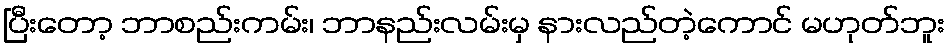
ပြီးတော့ ဘာစည်းကမ်း၊ ဘာနည်းလမ်းမှ နားလည်တဲ့ကောင် မဟုတ်ဘူး